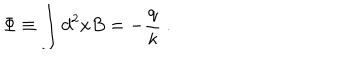
\Phi \equiv \displaystyle \int d ^ { 2 } x B = - \frac q \kappa { \ . }